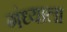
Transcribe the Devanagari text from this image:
गंध्याला